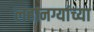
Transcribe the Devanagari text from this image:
लहानग्यांच्या